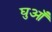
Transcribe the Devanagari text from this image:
घुआँ